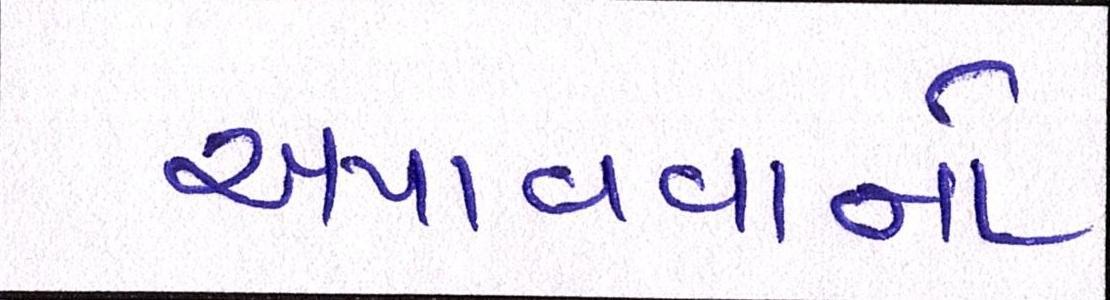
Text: અપાવવાનો